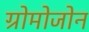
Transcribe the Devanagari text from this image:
ग्रोमोजोन